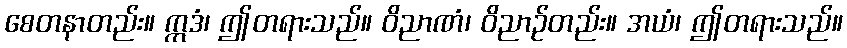
စေတနာတည်း။ ဣဒံ၊ ဤတရားသည်။ ဝိညာဏံ၊ ဝိညာဉ်တည်း။ အယံ၊ ဤတရားသည်။